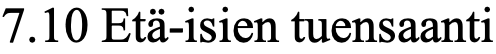
7.10 Etä-isien tuensaanti